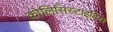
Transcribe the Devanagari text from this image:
कोलिसिस्टाइटिस